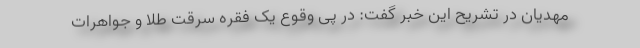
مهدیان در تشریح این خبر گفت: در پی وقوع یک فقره سرقت طلا و جواهرات